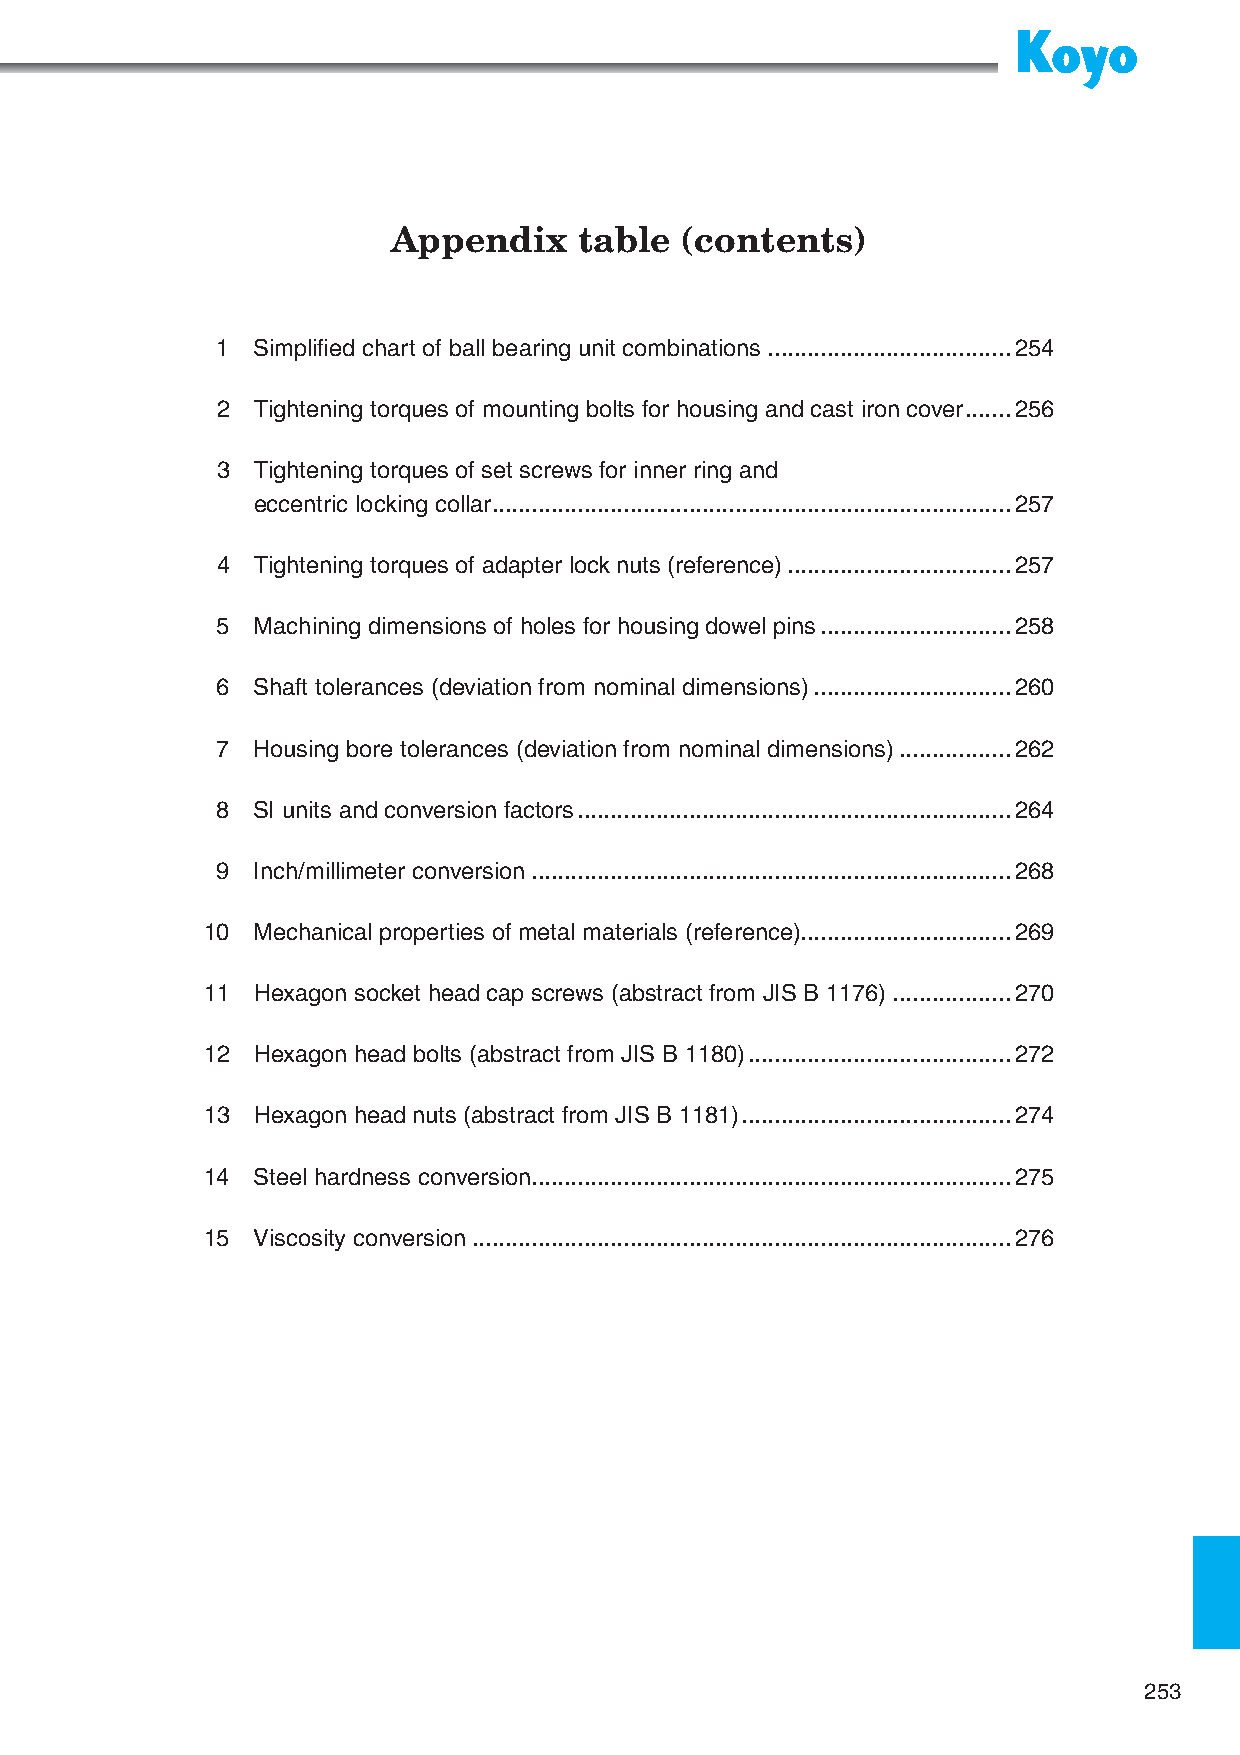
Appendix    table  (contents)
 1  Simplifi ed chart of ball bearing unit combinations .....................................254
 2  Tightening torques of mounting bolts for housing and cast iron cover .......256
 3  Tightening torques of set screws for inner ring and
 eccentric locking collar ...............................................................................257
 4  Tightening torques of adapter lock nuts (reference) ..................................257
 5  Machining dimensions of holes for housing dowel pins .............................258
 6  Shaft tolerances (deviation from nominal dimensions) ..............................260
 7  Housing bore tolerances (deviation from nominal dimensions) .................262
 8  SI units and conversion factors ..................................................................264
 9  Inch/millimeter conversion .........................................................................268
 10  Mechanical properties of metal materials (reference) ................................269
 11  Hexagon socket head cap screws (abstract from JIS B 1176) ..................270
 12  Hexagon head bolts (abstract from JIS B 1180) ........................................272
 13  Hexagon head nuts (abstract from JIS B 1181) .........................................274
 14  Steel hardness conversion .........................................................................275
 15  Viscosity conversion ..................................................................................276
 253